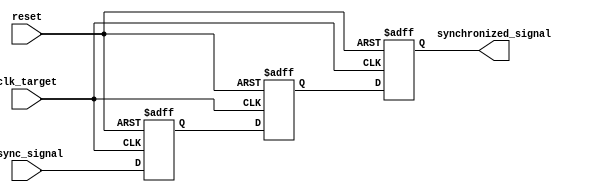
module signal_crossing_synchronizer (
    input wire clk_target,        // Target clock domain
    input wire async_signal,      // Asynchronous input signal from source clock domain
    input wire reset,             // Reset signal to initialize the output
    output reg synchronized_signal // Synchronized output signal in target clock domain
);

    // Internal signals for the two flip-flops
    reg ff1, ff2;

    // Dual flip-flop synchronizer process
    always @(posedge clk_target or posedge reset) begin
        if (reset) begin
            ff1 <= 1'b0;           // Initialize FF1 to known state
            ff2 <= 1'b0;           // Initialize FF2 to known state
            synchronized_signal <= 1'b0; // Initialize output to known state
        end else begin
            ff1 <= async_signal;    // Sample the asynchronous signal in FF1
            ff2 <= ff1;             // Sample FF1 output in FF2
            synchronized_signal <= ff2; // Output the synchronized value
        end
    end

endmodule